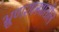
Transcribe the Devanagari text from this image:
भ्रूणशास्त्रातील